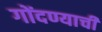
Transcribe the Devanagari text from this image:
गोंदण्याची